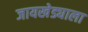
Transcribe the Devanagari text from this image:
जायखेड्याला